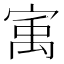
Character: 㝢